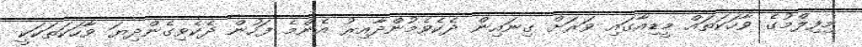
މިފިލްމުގެ ވާހަކަތައް މީޑިއާގައި ވަރަށް ގިނައިން ދެކެވެމުންދާއިރު އެންމެ ފަހުން ދެކެވިގެންދިޔަ ވާހަކަތަކަކީ